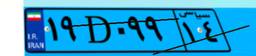
۲۹D۵۴۸۸۵